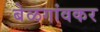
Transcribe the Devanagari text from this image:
बेळगांवकर